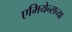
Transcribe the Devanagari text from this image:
एमियेन्सच्या